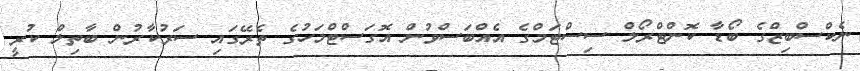
ނެކްސްބިޒްގެ ބޯޑާ ކޮންޓްރޯލް ސިސްޓަމްގެ އެއްބަސްވުން އޮގަސްޓްމަހުގެ ތެރޭގައި ސަރުކާރުން ބާތިލް ކުރީ